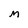
Character: m